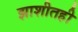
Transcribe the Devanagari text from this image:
झाशीतही